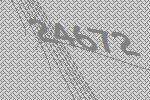
24672